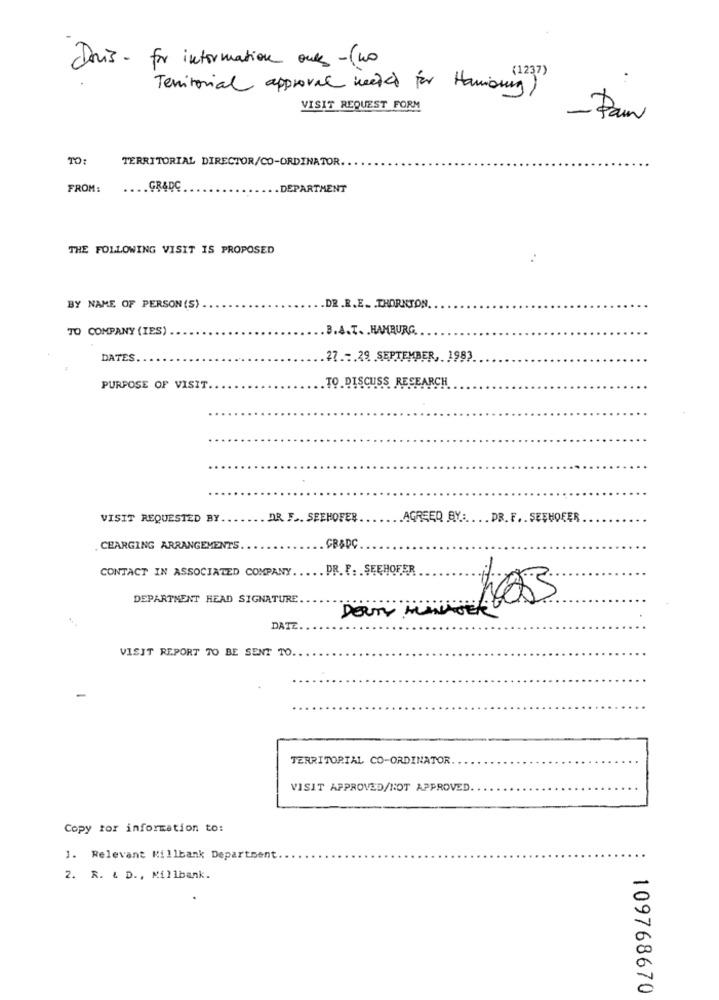
Dois- for information onts -(no
Territorial approval needed for Hamissing )
VISIT REQUEST FORM
- Pour
TO:
TERRITORIAL DIRECTOR/CO-ORDINATOR.
FROM:
.. GRADC
. DEPARTMENT
THE FOLLOWING VISIT IS PROPOSED
BY NAME OF PERSON (S) .
DR.R.E. . THORNTON.
TO COMPANY (IES).
.B.A.T. . HAMBURG ..
DATES
.27 .:. 29 SEPTEMBER, 1983
TO DISCUSS RESEARCH
PURPOSE OF VISIT.
VISIT REQUESTED BY
DR. F .. SEEHOFER
AGREEQ BY :. ... DR. F. . SEEHOFER
CEARGING ARRANGEMENTS
CR&DC
CONTACT IN ASSOCIATED COMPANY ..
. PR. F. SEEHOFER
DEPARTMENT HEAD SIGNATURE
103
Deun
DATE.
VISIT REPORT TO BE SENT TO.
TERRITORIAL CO-ORDINATOR
VISIT APPROVED/NOT APPROVED
Copy for information to:
1. Relevant Killbank Department
2. R. & D ., Millbank.
109768670